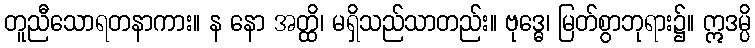
တူညီသောရတနာကား။ န နော အတ္ထိ၊ မရှိသည်သာတည်း။ ဗုဒ္ဓေ၊ မြတ်စွာဘုရား၌။ ဣဒမ္ပိ